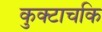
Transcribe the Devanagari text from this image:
कुक्टाचकि